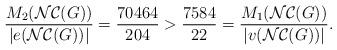
LaTeX: \begin{align*}\frac{M_{2}(\mathcal{NC}(G))}{|e(\mathcal{NC}(G))|}=\frac{70464}{204} > \frac{7584}{22} = \frac{M_{1}(\mathcal{NC}(G))}{|v(\mathcal{NC}(G))|}. \end{align*}